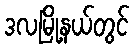
ဒလမြို့နယ်တွင်